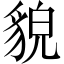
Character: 貌